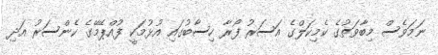
ނަމަވެސް މިބާވަތުގެ ކެމިކަލްގެ އަސަރު ފޯރާ ހިސާބުގައި އުޅުމަކީ ފުއްޕޭމޭގެ ކެންސަރު އަދި